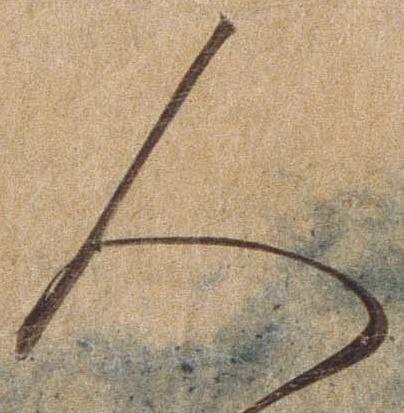
人